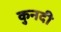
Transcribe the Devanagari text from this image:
कुनदी